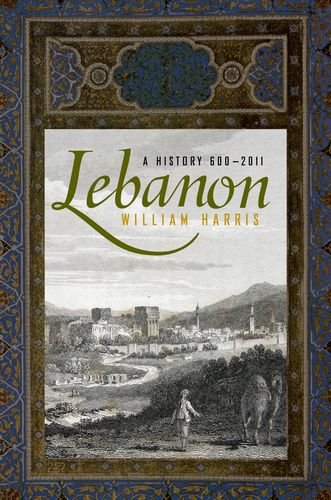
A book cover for Lebanon: A History, 600 - 2011 (Studies in Middle Eastern History); William Harris; History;